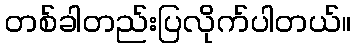
တစ်ခါတည်းပြလိုက်ပါတယ်။